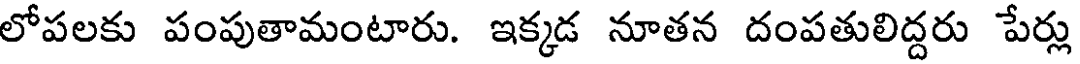
లోపలకు పంపుతామంటారు. ఇక్కడ నూతన దంపతులిద్దరు పేర్లు